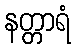
နတ္တာရံ